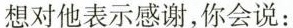
想对他表示感谢,你会说: